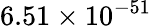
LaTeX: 6.51\times 10^{-51}